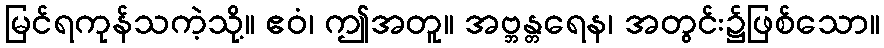
မြင်ရကုန်သကဲ့သို့။ ဧဝံ၊ ဤအတူ။ အဗ္ဘန္တရေန၊ အတွင်း၌ဖြစ်သော။